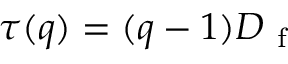
\tau ( q ) = ( q - 1 ) D _ { \mathrm { ~ f ~ } }